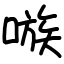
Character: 嗾